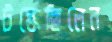
টস্‌কেছিলেন